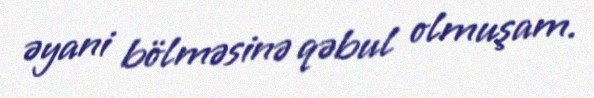
əyani bölməsinə qəbul olmuşam.